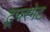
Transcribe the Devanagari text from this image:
ट्रूपरगेट